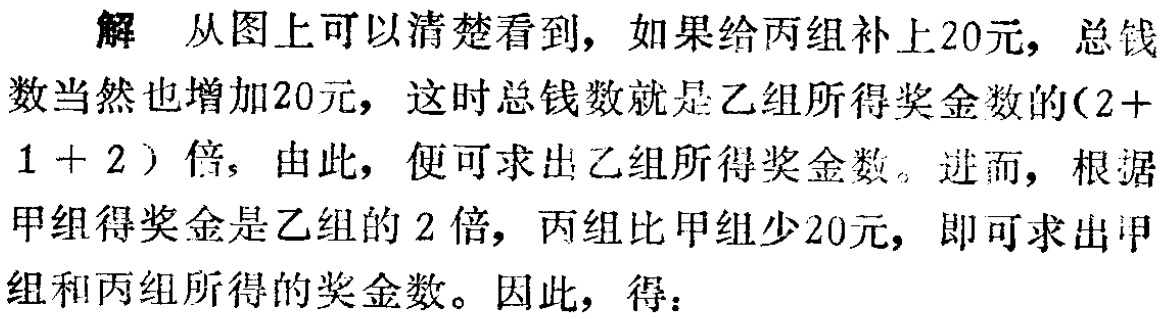
解 从图上可以清楚看到，如果给丙组补上20元，总钱数当然也增加20元，这时总钱数就是乙组所得奖金数的(2 + 1 + 2) 倍，由此，便可求出乙组所得奖金数。进而，根据甲组得奖金是乙组的2倍，丙组比甲组少20元，即可求出甲组和丙组所得的奖金数。因此，得：